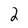
Character: 2